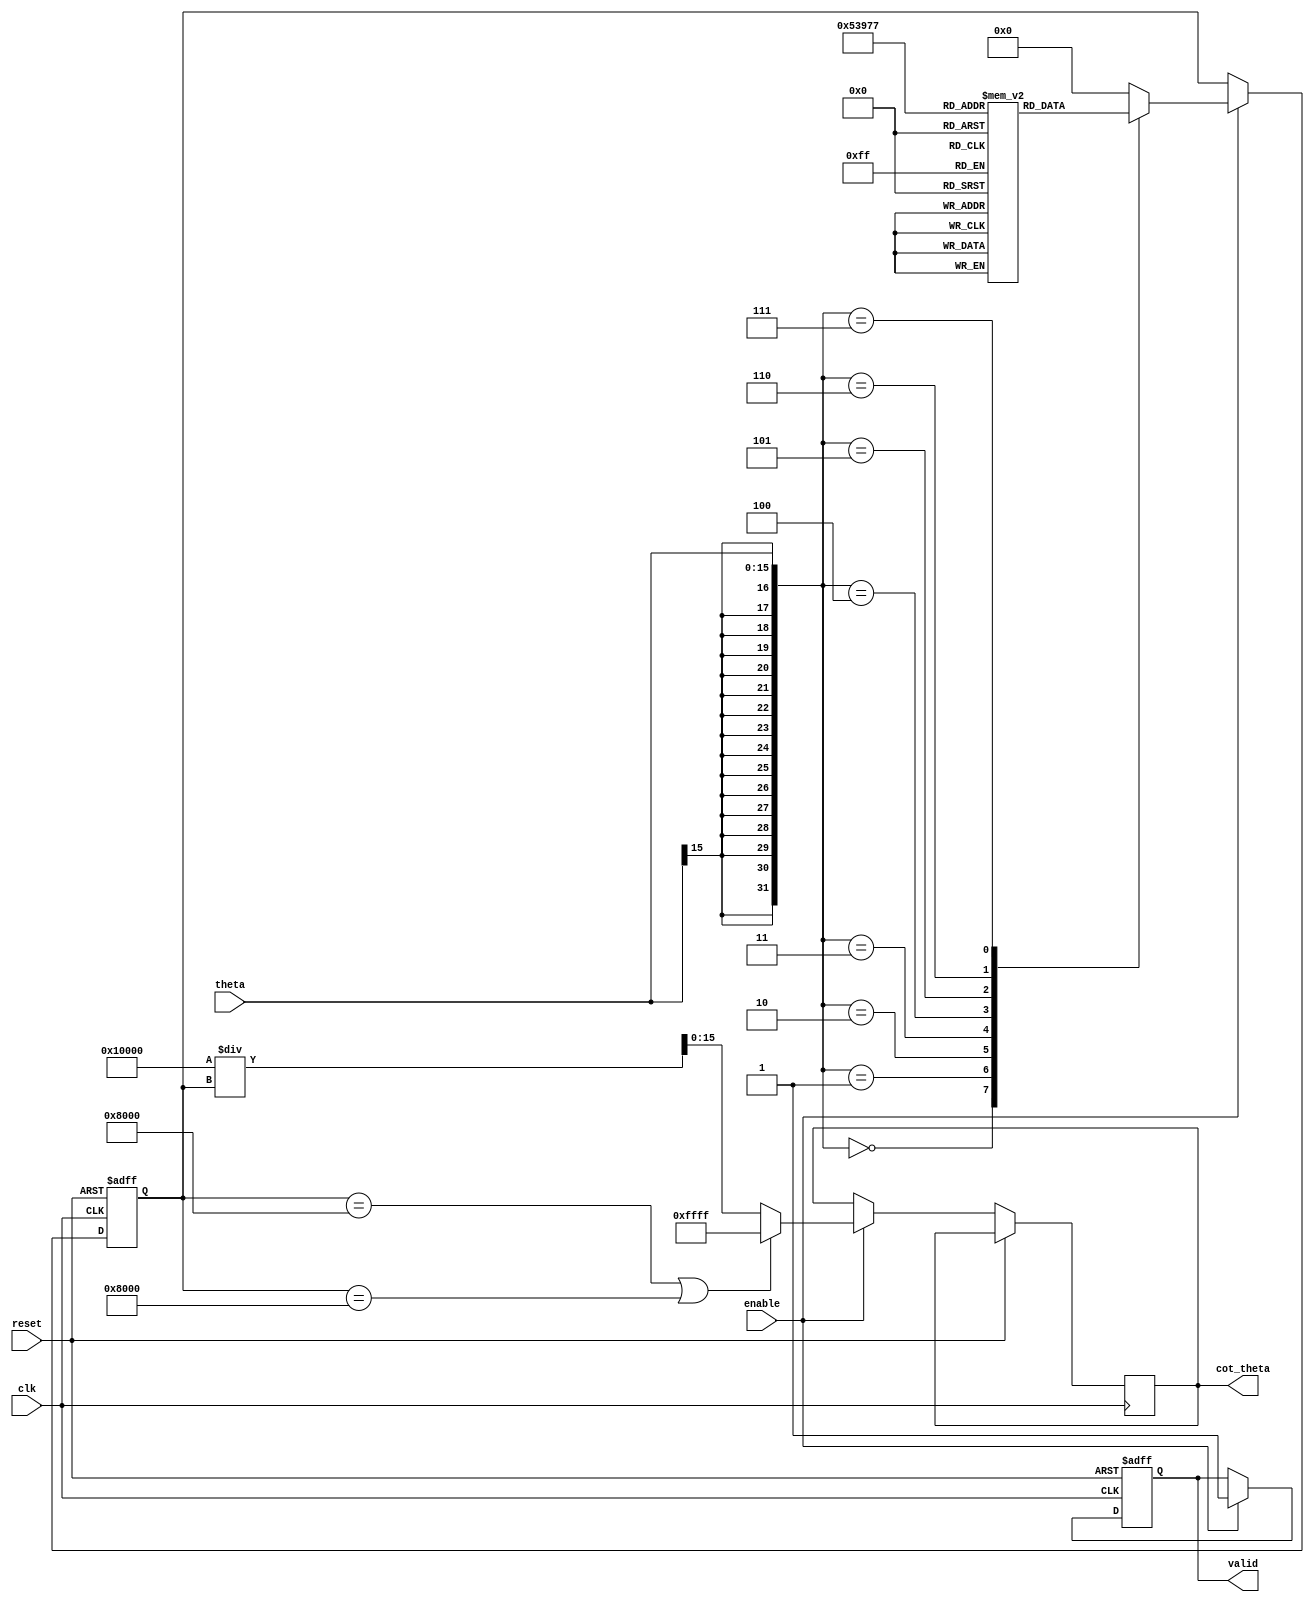
module cotangent_block #(
    parameter INPUT_WIDTH = 16,  // Width of input angle in radians
    parameter OUTPUT_WIDTH = 16   // Width of output cotangent value
)(
    input wire clk,
    input wire reset,
    input wire enable,
    input wire signed [INPUT_WIDTH-1:0] theta, // Input angle in radians
    output reg signed [OUTPUT_WIDTH-1:0] cot_theta, // Output cotangent value
    output reg valid // Signal to indicate valid output
);

    // Internal signals
    reg signed [INPUT_WIDTH-1:0] tan_theta;
    reg tan_valid;

    // Lookup table for tangent values (simplified for specific angles)
    reg signed [INPUT_WIDTH-1:0] tan_lut [0:7]; // Example LUT for tan(theta)
    
    initial begin
        // Initialize LUT with example values (in fixed-point representation)
        tan_lut[0] = 0;         // tan(0)
        tan_lut[1] = 16384;     // tan(/4) = 1
        tan_lut[2] = 32768;     // tan(/2) = undefined (infinity)
        tan_lut[3] = 0;         // tan(3/4) = -1
        tan_lut[4] = -16384;    // tan() = 0
        tan_lut[5] = -32768;    // tan(5/4) = 1
        tan_lut[6] = 0;         // tan(3/2) = undefined (infinity)
        tan_lut[7] = 16384;     // tan(7/4) = -1
    end

    // Compute tangent using LUT
    always @(posedge clk or posedge reset) begin
        if (reset) begin
            tan_theta <= 0;
            valid <= 0;
        end else if (enable) begin
            // Normalize theta to [0, 2]
            // Here we assume theta is in the range of [0, 2] for simplicity
            // In a real application, additional normalization would be needed
            
            // Select the appropriate LUT entry based on theta
            case (theta)
                0: tan_theta <= tan_lut[0];
                1: tan_theta <= tan_lut[1];
                2: tan_theta <= tan_lut[2]; // Undefined case
                3: tan_theta <= tan_lut[3];
                4: tan_theta <= tan_lut[4];
                5: tan_theta <= tan_lut[5];
                6: tan_theta <= tan_lut[6]; // Undefined case
                7: tan_theta <= tan_lut[7];
                default: tan_theta <= 0; // Default case
            endcase
            
            // Check for undefined tangent (infinity)
            if (tan_theta == 32768 || tan_theta == -32768) begin
                cot_theta <= 16'hFFFF; // Output infinity or error signal
                valid <= 1;
            end else begin
                // Compute cotangent as the reciprocal of tangent
                cot_theta <= (1 << OUTPUT_WIDTH) / tan_theta; // Fixed-point division
                valid <= 1;
            end
        end
    end

endmodule